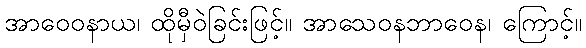
အာဝေဝနာယ၊ ထိုမှီဝဲခြင်းဖြင့်။ အာသေဝနဘာဝေန၊ ကြောင့်။